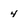
Character: 4